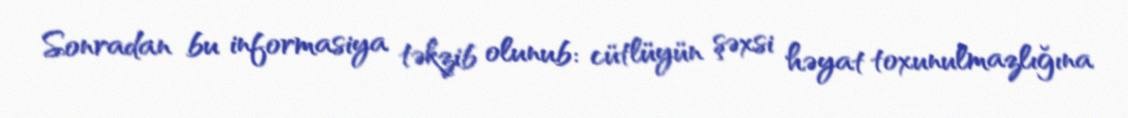
Sonradan bu informasiya təkzib olunub: cütlüyün şəxsi həyat toxunulmazlığına